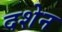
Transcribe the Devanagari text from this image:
दशेन